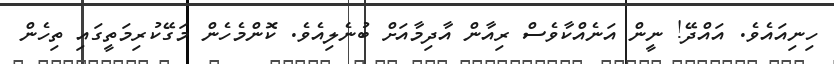
ހިނިއައެވެ. އައްދޭ! ނީން އަނެއްކާވެސް ރިއާން އާދިމާއަށް ބުނެލިއެވެ. ކޮންމެހެން މަގޭކުރިމަތީގައި ތިހެން